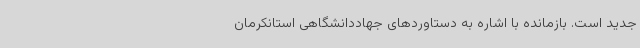
جدید است. بازمانده با اشاره به دستاوردهای جهاددانشگاهی استانکرمان